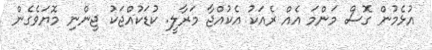
އުޅެމުން ގޮސް މަންމަ އެއް ރެއަކު އެކުއްޖާ މަރާލީ. ކުޑަކުއްޖަކު ޖިންނި މޮޔަވެގެން